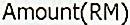
AMOUNT(RM)